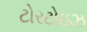
ટોરટોઇઝ